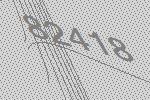
82418